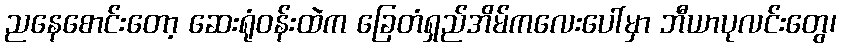
ညနေစောင်းတော့ ဆေးရုံဝန်းထဲက ခြေတံရှည်အိမ်ကလေးပေါ်မှာ ဘီယာပုလင်းတွေ၊